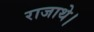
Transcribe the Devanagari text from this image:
राजाथे।